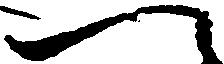
一